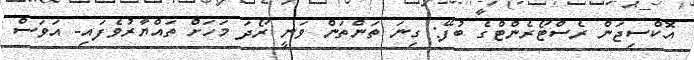
އޮކްސިޖަން ރެސްޓޯރެންޓްގެ ބުފޭ: ގިނަ ތަންތަން ވަނީ ރޯދަ މަހަށް ތައްޔާރުވެފައި- އަވަސް